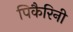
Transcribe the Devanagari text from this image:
पिकैरिनी